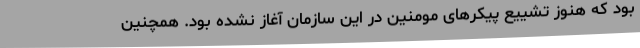
بود که هنوز تشییع پیکرهای مومنین در این سازمان آغاز نشده بود. همچنین